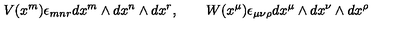
V ( x ^ { m } ) \epsilon _ { m n r } d x ^ { m } \wedge d x ^ { n } \wedge d x ^ { r } , \qquad W ( x ^ { \mu } ) \epsilon _ { \mu \nu \rho } d x ^ { \mu } \wedge d x ^ { \nu } \wedge d x ^ { \rho }